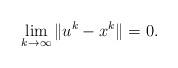
LaTeX: \begin{align*}\lim_{k \to \infty} \|u^k - x^k \| = 0.\end{align*}